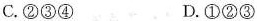
C.②③④ D.①②③